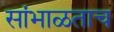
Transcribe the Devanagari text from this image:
सांभाळताच